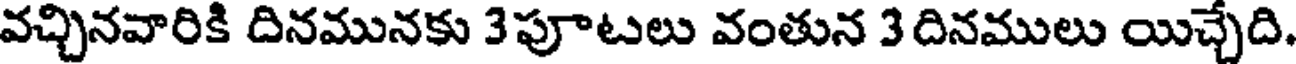
వచ్చినవారికి దినమునకు 3పూటలు వంతున 3 దినములు యిచ్చేది.